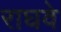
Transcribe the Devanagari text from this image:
राघवे